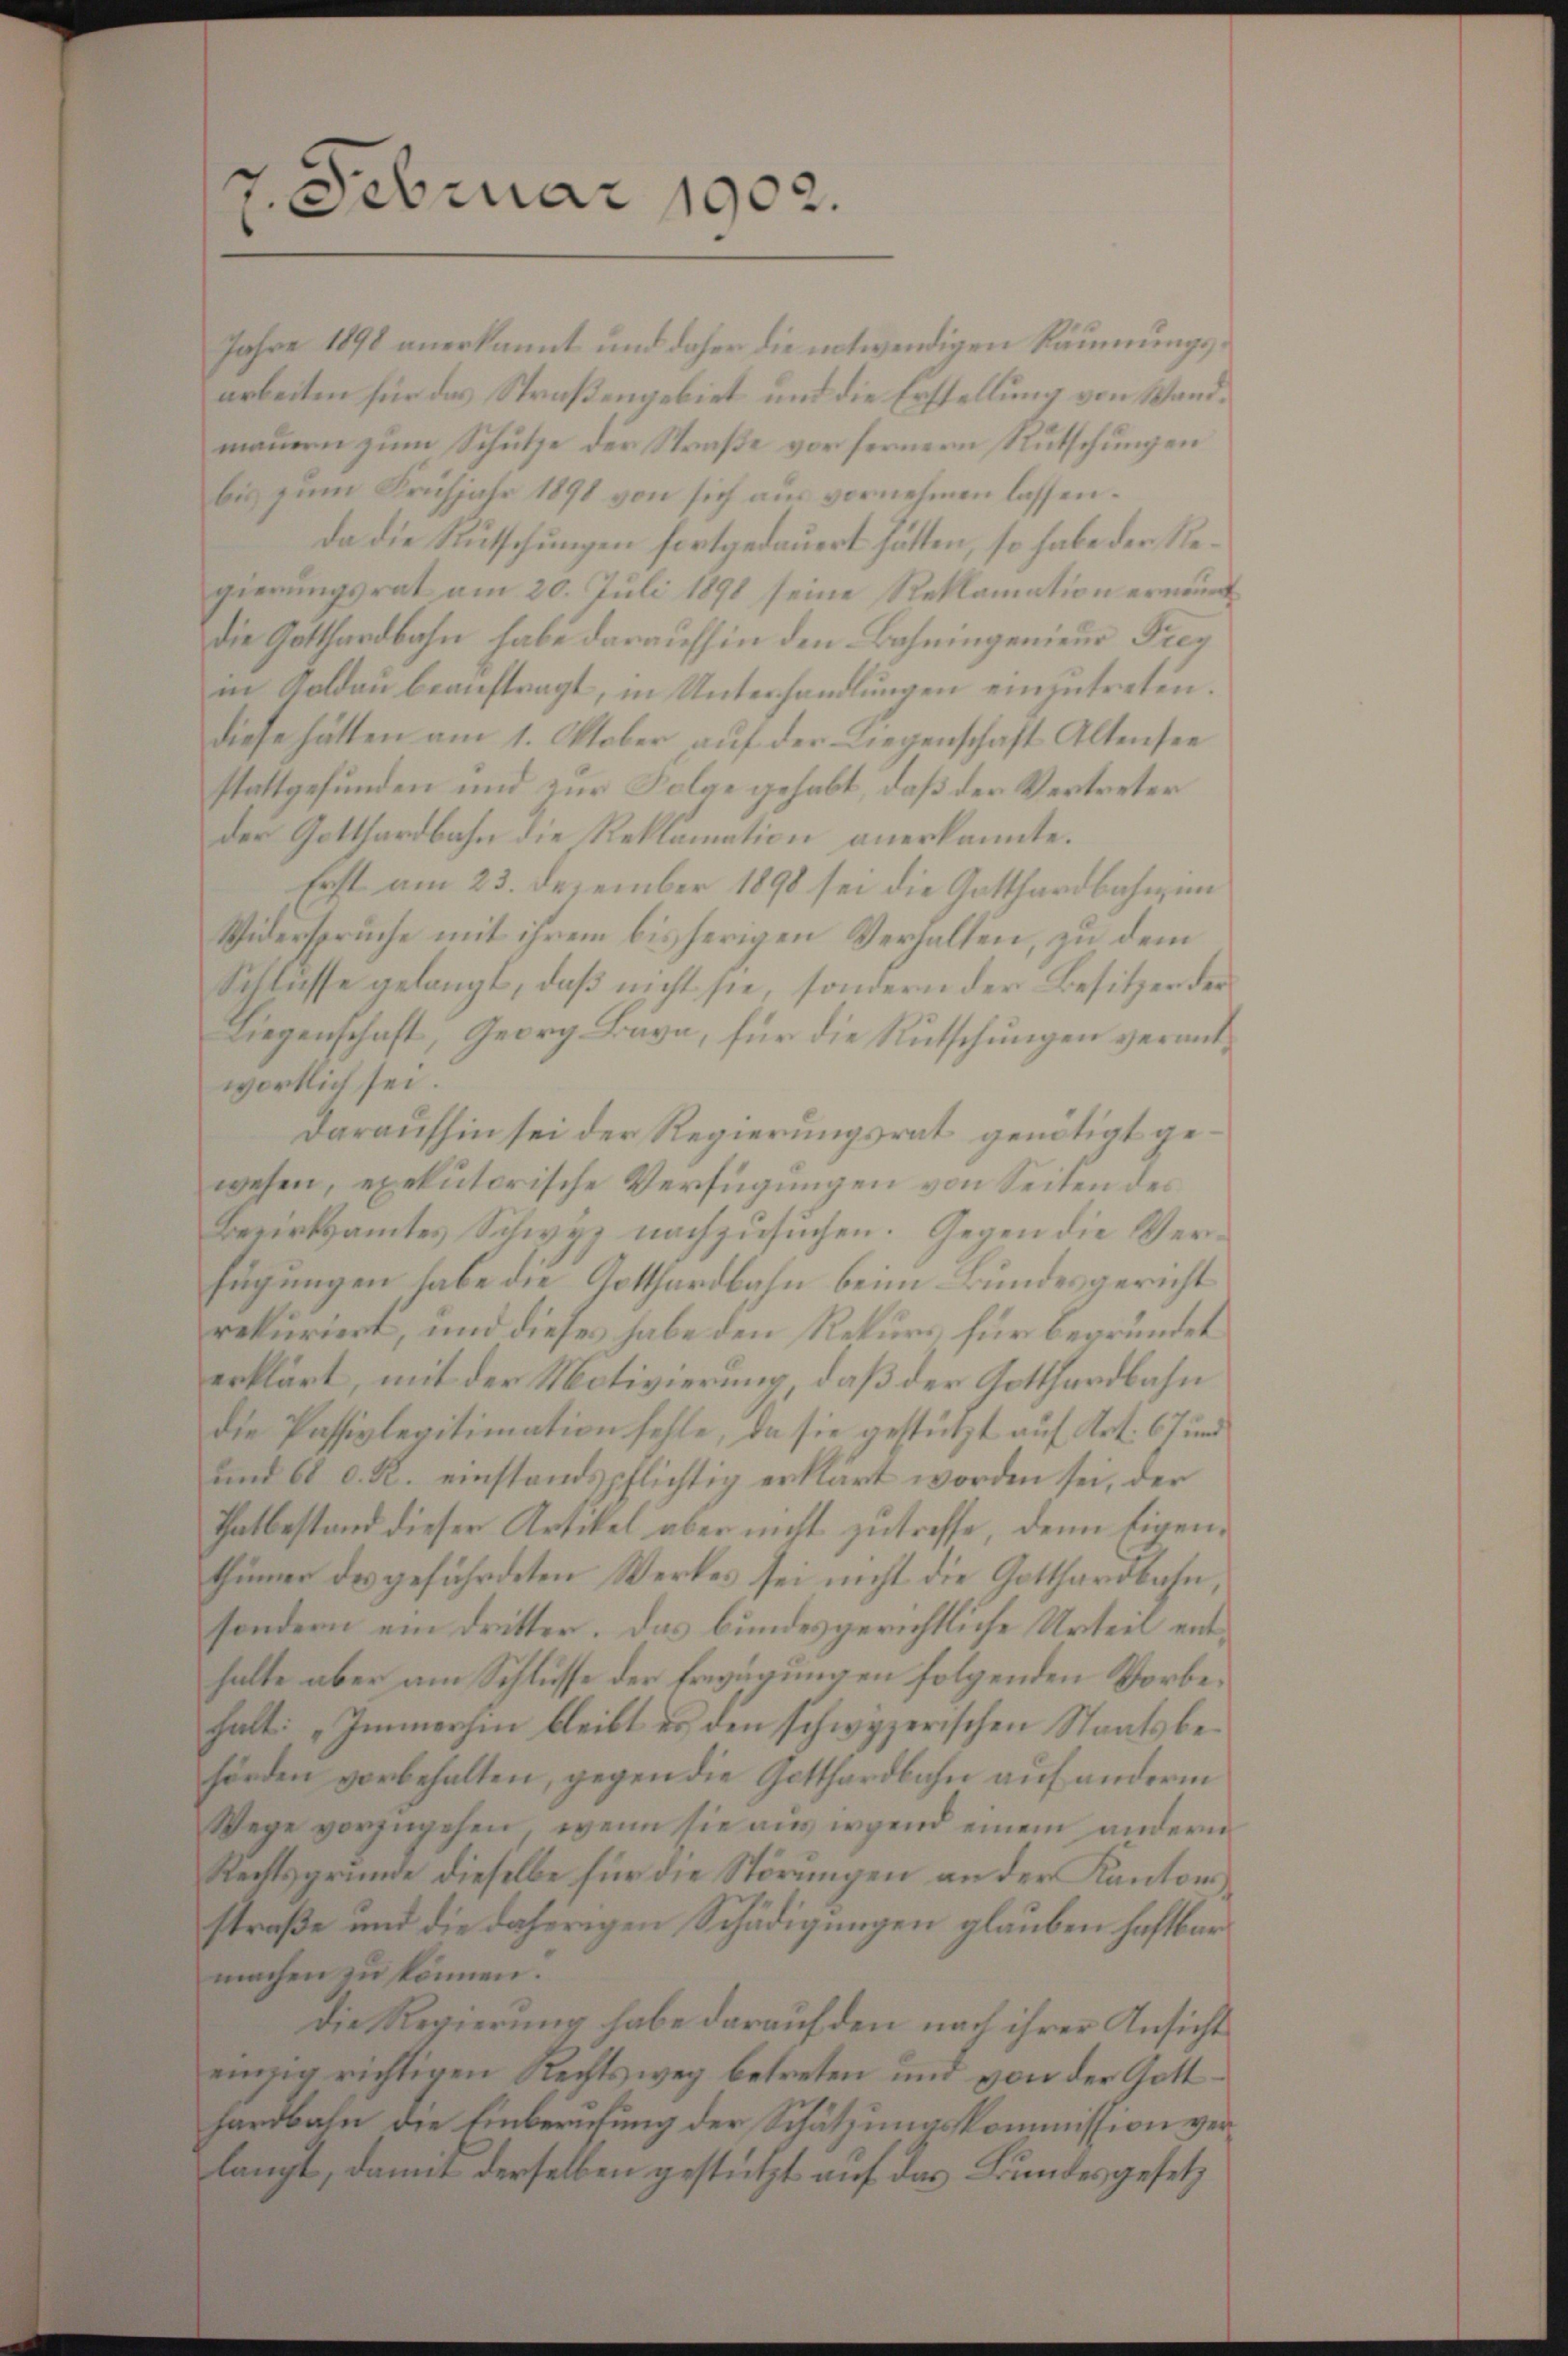
7. Februar 1902.

Jahre 1890 anerkannt und daher die notwendigen Räumungsarbeiten für das Straßengebiet und die Erstellung von Wandmauern zum Schutze der Straße vor fernern Rutschungen
bis zum Frühjahr 1891 von sich aus vornehmen lassen.
Da die Rutschungen fortgedauert hätten, so habe der Regierungsrat am 20. Juli 1891 seine Reklamation ernenntdie Gotthardbahn habe daraufhin den Bahningenieur Frey
in Koldau beauftragt, in Unterhandlungen einzutreten.
diese hätten am 1. Oktober auf der Liegenschaft Altensee
stattgefunden und zur Folge gehabt, daß der Vertreter
der Gotthardbahn die Reklamation anerkannte.
Erst am 23. Dezember 1898 sei die Gotthardbahnun¬
Widerspruche mit ihrem bisherigen Verhalten, zu dem
Schlusse gelangt, daß nicht sie, sondern der Besitzer der
Liegenschaft, Georg Bava, für die Rutschungen verantwortlich sei.
daraufhin sei der Regierungsrat genötigt gewesen, exekutorische Verfügungen von Seiten des
Bezirksamtes Schwyz nachzusuchen. Gegen die Verfügungen habe die Gotthardbahn beim Bundesgericht
rekuriert, und dieses habe den Rekurs für begründet
erklärt, mit der Motivierung, daß der Gotthardbahn
die Passivlegitimation fehle, da sie gestützt auf Art. 67 und
und 61 d. R. einstandspflichtig erklärt worden sei, der
Thatbestand dieser Artikel aber nicht zutreffe, denn Eigenthümer des geführdeten Werkes sei nicht die Gotthardbahn,
sondern ein Dritter. Das bundesgerichtliche Urteil enthalte aber am Schlüsse der Erwägungen folgenden Vorbehalt: „Immerhin bleibt es den schwyzerischen Staatsbehörden vorbehalten, gegen die Gotthardbahn auf anderm
Wege vorzŭgehen, wenn sie aus wend einem andern
Rechtsgründe dieselbe für die Störungen an der Kantonsstraße und die daherigen Schädigungen glauben haftbar
machen zu können.
Die Regierung habe darauf den nach ihrer Ansicht
eiung richtigen Rechtsweg betreten und von der Gatthardbahn die Einberufung der Schätzungskommission verlangt, damit derselben gestützt auf das Bundesgesetz